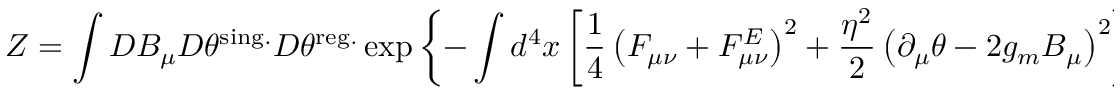
{ \cal Z } = \int D B _ { \mu } D \theta ^ { \mathrm { s i n g . } } D \theta ^ { \mathrm { r e g . } } \exp \left\{ - \int d ^ { 4 } x \left[ \frac 1 4 \left( F _ { \mu \nu } + F _ { \mu \nu } ^ { E } \right) ^ { 2 } + \frac { \eta ^ { 2 } } { 2 } \left( \partial _ { \mu } \theta - 2 g _ { m } B _ { \mu } \right) ^ { 2 } \right] \right\} ,